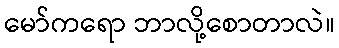
မော်ကရော ဘာလို့စောတာလဲ။